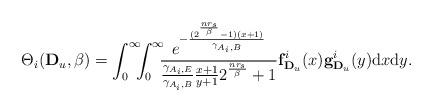
LaTeX: \begin{align*}\Theta_{i}(\mathbf D_u,\beta)=\int_{0}^{\infty}\!\!\!\int_{0}^{\infty}\!\!\! \frac{e^{-\frac{(2^{\frac{nr_s}{\beta }}-1) (x+1)}{\gamma_{A_i,B}}}}{\frac{\gamma_{A_i,E}}{\gamma_{A_i,B}}\frac{x+1}{y+1}2^{\frac{nr_s}{\beta}}+1}\mathbf f_{\mathbf D_u}^i(x)\mathbf g_{\mathbf D_u}^i(y)\mathrm{d}x\mathrm{d}y.\end{align*}